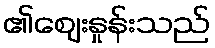
၏ဈေးနှုန်းသည်